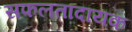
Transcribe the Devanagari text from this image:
सफलतादायक